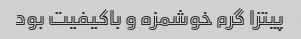
پیتزا گرم خوشمزه و باکیفیت بود